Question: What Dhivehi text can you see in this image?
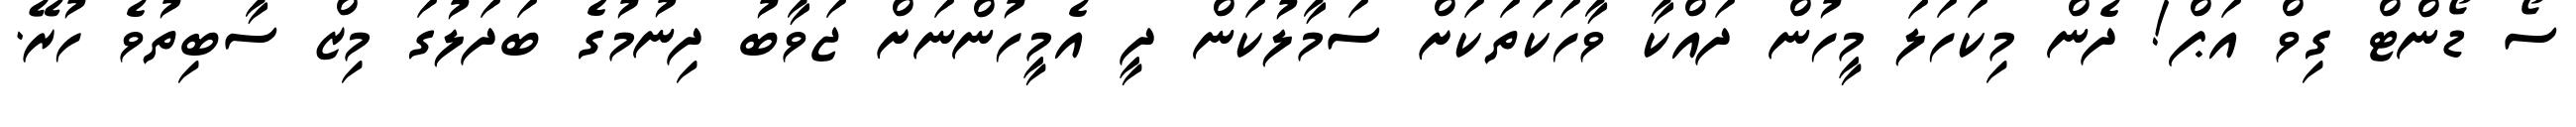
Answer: ސޯ ޑޯންޓް ގިވް އަޕް! ދެން މިކަހަލަ މީހުން ދައްކާ ވާހަކަތަކަށް ސަމާލުކަން ދީ އެމީހުންނަށް ޖަވާބު ދިނުމުގެ ބަދަލުގަ މިޒް ސާބިތުވެ ހުރޭ.